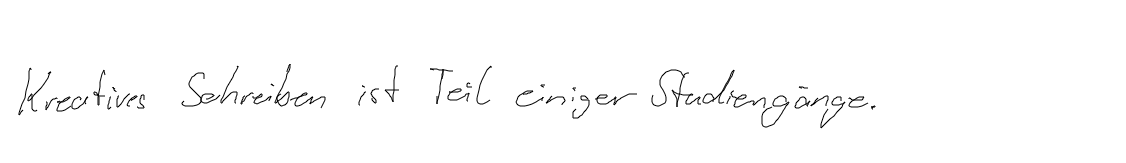
Kreatives Schreiben ist Teil einiger Studiengänge.